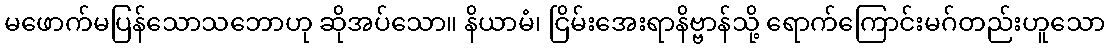
မဖောက်မပြန်သောသဘောဟု ဆိုအပ်သော။ နိယာမံ၊ ငြိမ်းအေးရာနိဗ္ဗာန်သို့ ရောက်ကြောင်းမဂ်တည်းဟူသော